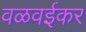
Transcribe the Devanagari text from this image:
वळवईकर